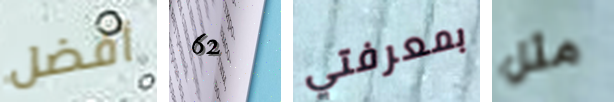
أفضل 62 بمعرفتي مثل